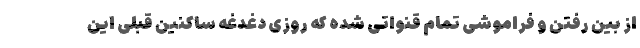
از بین رفتن و فراموشی تمام قنواتی شده که روزی دغدغه ساکنین قبلی این